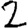
Digit: 2